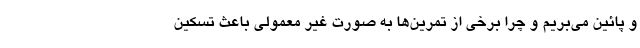
و پائین می‌بریم و چرا برخی از تمرین‌ها به صورت غیر معمولی باعث تسکین